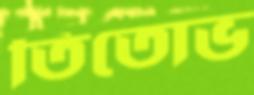
তিতোভ